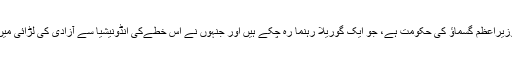
مشرقی تیمور میں اسوقت وزیراعظم گسماؤ کی حکومت ہے، جو ایک گوریلا رہنما رہ چکے ہیں اور جنہوں نے اس خطےکی انڈونیشیا سے آزادی کی لڑائی میں مرکزی کردار ادا کیا تھا۔